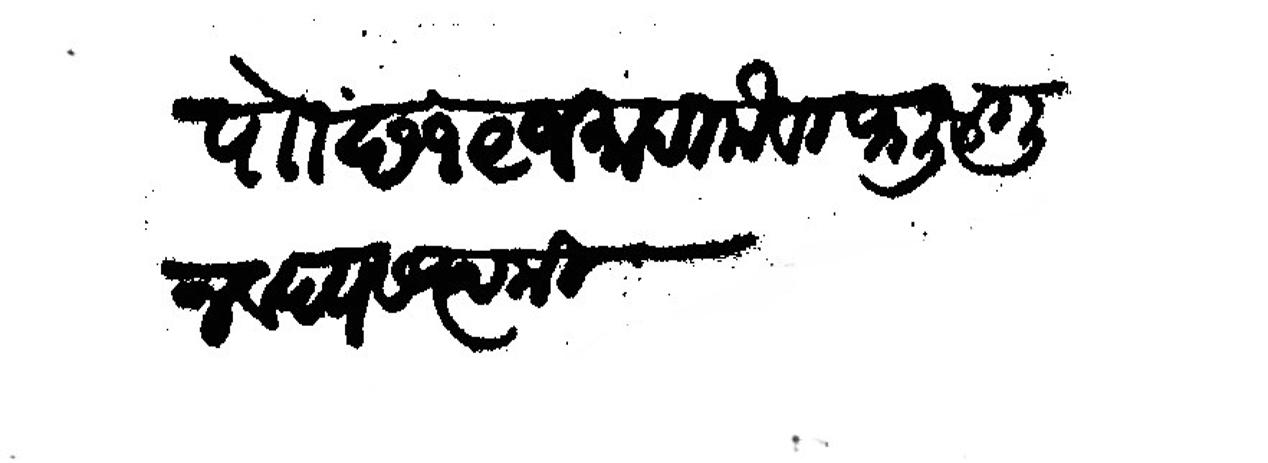
Transliteration (Devanagari): पोा छ १९ जमादिलोवल फाल्गुन वद्य सप्तमी